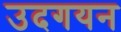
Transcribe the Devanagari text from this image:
उदगयन